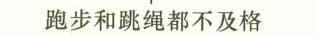
跑步和跳绳都不及格